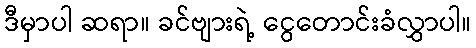
ဒီမှာပါ ဆရာ။ ခင်ဗျားရဲ့ ငွေတောင်းခံလွှာပါ။